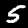
Label: 5